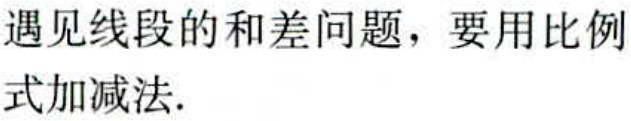
遇见线段的和差问题，要用比例式加减法.